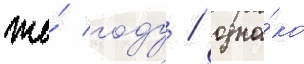
же́ году / одна́ко